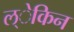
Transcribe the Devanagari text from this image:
ल्ेकिन